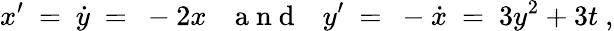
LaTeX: x^{\prime}\ =\ \dot{y}\ =\ -2x{~~~\mathrm{~a~n~d~}~~~}y^{\prime}\ =\ -\dot{x}\ =\ 3y^{2}+3t~,